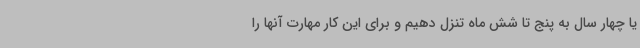
یا چهار سال به پنج تا شش ماه تنزل دهیم و برای این کار مهارت آنها را